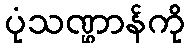
ပုံသဏ္ဌာန်ကို